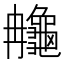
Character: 䶲